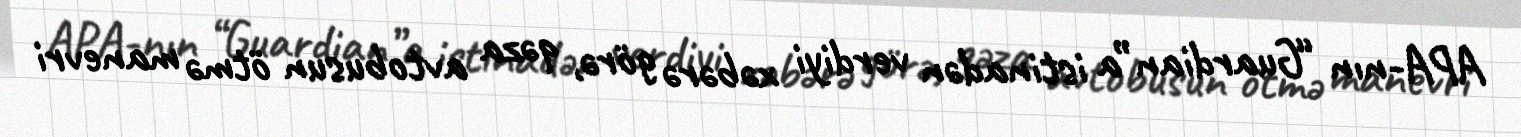
APA-nın “Guardian”a istinadən verdiyi xəbərə görə, qəza avtobusun ötmə manevri